Reports on dispensaries and lunatic asylums in the Province of Oudh - 1869-1876
Year: 1869
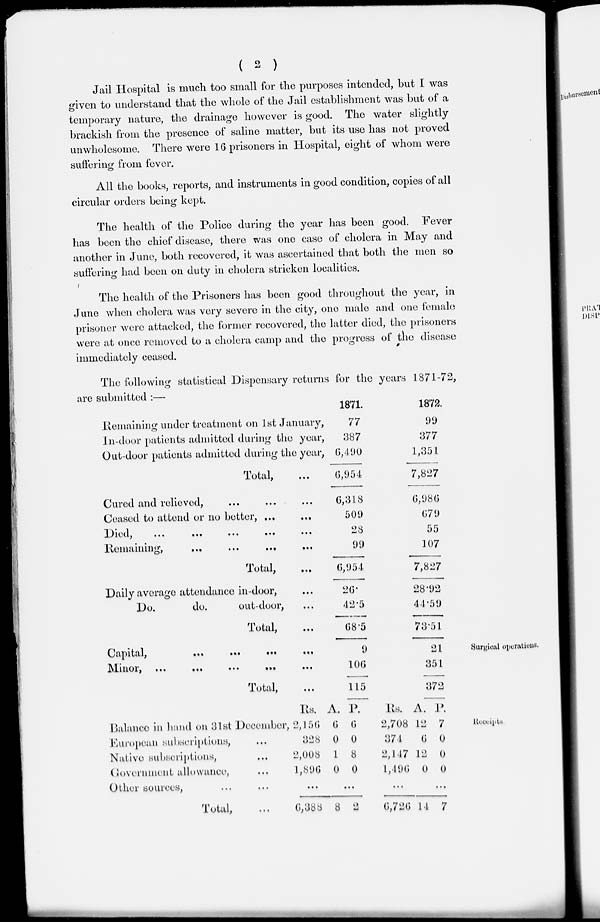
( 2 )
Jail Hospital is much too small for the purposes intended, but I was
given to understand that the whole of the Jail establishment was but of a
temporary nature, the drainage however is good. The water slightly-
brackish from the presence of saline matter, but its use has not proved
unwholesome. There were 16 prisoners in Hospital, eight of whom were
suffering from fever.
All the books, reports, and instruments in good condition, copies of all
circular orders being kept.
The health of the Police during the year has been good. Fever
has been the chief disease, there was one case of cholera in May and
another in June, both recovered, it was ascertained that both the men so
suffering had been on duty in cholera stricken localities.
The health of the Prisoners has been good throughout the year, in
June when cholera was very severe in the city, one male and one female
prisoner were attacked, the former recovered, the latter died, the prisoners
were at once removed to a cholera camp and the progress of the disease
immediately ceased.
The following statistical Dispensary returns for the years 1871-72,
are submitted :—
Remaining under treatment on 1st January,
In-door patients admitted during the year,
Out-door patients admitted during the year,
Total, ...
Cured and relieved, ...... ...
Ceased to attend or no better,
...
...
Died,
...
...
...
...
...
Remaining, ... ... ...
Total, ... ...
Daily average attendance in-door, ...
Do.
do.
out-door, ...
Total, ...
1871.
77
387
6,490
6,954
6,318
509
28
99
6,954
26.
42.5
68.5
1872
99
377
1,351
7,827
6,980
679
55
107
7,827
28.92
44.59
73.51
Surgical operations.
Capital,
...
...
...
...
Minor,
...
...
...
...
...
Total, ...
9
100
115
21
351
372
Receipts.
Balance in band on 31st December,
European subscriptions, ...
Native subscriptions, ...
Government allowance, ...
Other sources, ... ...
Total, ...
Rs.
2,156
328
2,008
1,896
...
6,388
A.
6
0
1
0
8
P.
6
0
8
0
...
2
Rs.
2,708
374
2,147
1,496
...
6,726
A.
12
6
12
0
14
P.
7
0
0
0
...
7